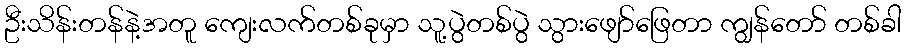
ဦးသိန်းတန်နဲ့အတူ ကျေးလက်တစ်ခုမှာ သူ့ပွဲတစ်ပွဲ သွားဖျော်ဖြေတာ ကျွန်တော် တစ်ခါ